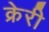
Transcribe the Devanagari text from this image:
क्रेरी